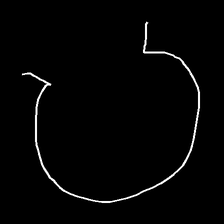
Glyph: weave